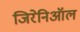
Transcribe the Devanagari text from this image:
जिरेनिऑल